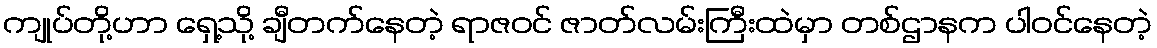
ကျုပ်တို့ဟာ ရှေ့သို့ ချီတက်နေတဲ့ ရာဇဝင် ဇာတ်လမ်းကြီးထဲမှာ တစ်ဌာနက ပါဝင်နေတဲ့